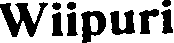
Wiipuri